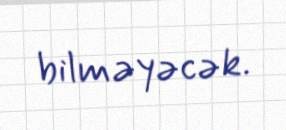
bilməyəcək.